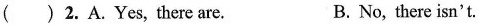
( )2.A.Yes, there are. B. No, there isn't.